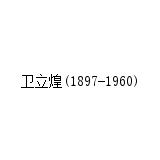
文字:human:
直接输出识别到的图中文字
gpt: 卫立煌(1897-1960)